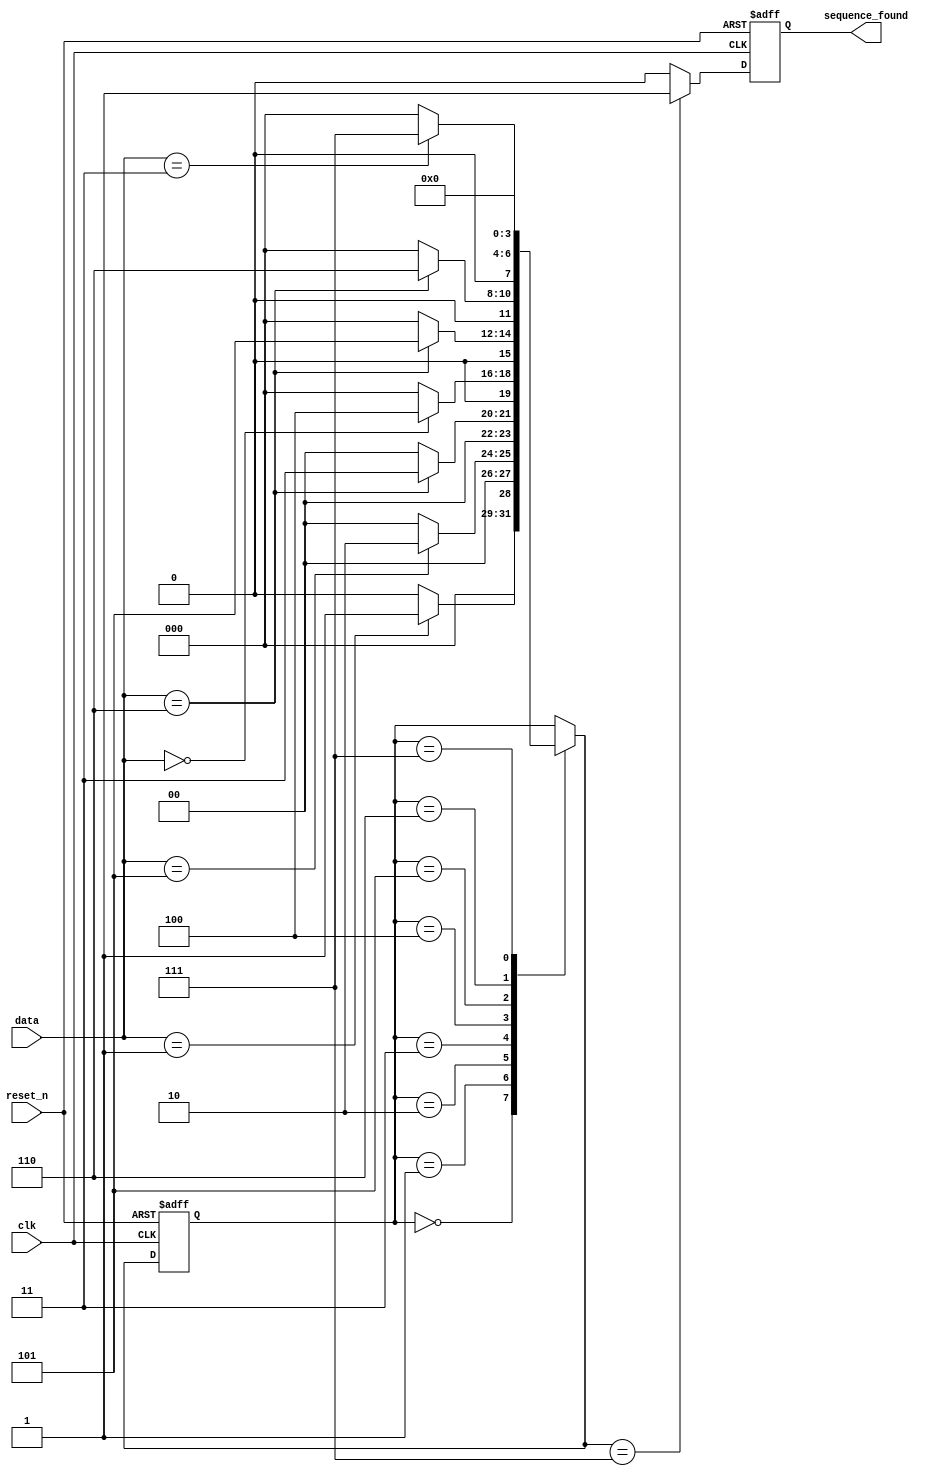
module sequence_detector(
    input wire clk,
    input wire reset_n, // Active-low reset
    input wire [2:0] data,
    output reg sequence_found
);

// Define the states of the FSM
parameter S_IDLE = 4'b0000;
parameter S1 = 4'b0001;
parameter S2 = 4'b0010;
parameter S3 = 4'b0011;
parameter S4 = 4'b0100;
parameter S5 = 4'b0101;
parameter S6 = 4'b0110;
parameter S7 = 4'b0111;

reg [3:0] current_state, next_state;

// FSM state transition logic
always @(*) begin
    next_state = current_state;
    case (current_state)
        S_IDLE: next_state = (data == 3'b001) ? S1 : S_IDLE;
        S1: next_state = (data == 3'b101) ? S2 : S_IDLE;
        S2: next_state = (data == 3'b110) ? S3 : S_IDLE;
        S3: next_state = (data == 3'b000) ? S4 : S_IDLE;
        S4: next_state = (data == 3'b110) ? S5 : S_IDLE;
        S5: next_state = (data == 3'b110) ? S6 : S_IDLE;
        S6: next_state = (data == 3'b011) ? S7 : S_IDLE;
        S7: next_state = (data == 3'b101) ? S_IDLE : S_IDLE;
    endcase
end

// FSM output logic and state register
always @(posedge clk or negedge reset_n) begin
    if (!reset_n) begin
        current_state <= S_IDLE;
        sequence_found <= 1'b0;
    end else begin
        current_state <= next_state;
        sequence_found <= (next_state == S7) ? 1'b1 : 1'b0;
    end
end

endmodule